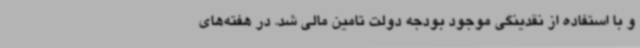
و با استفاده از نقدینگی موجود بودجه دولت تامین مالی شد. در هفته‌های